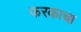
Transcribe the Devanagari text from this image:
फरकाचा